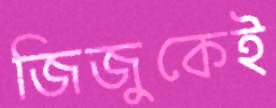
জিজুকেই